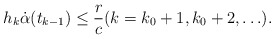
\begin{align*} h_k \dot{\alpha}(t_{k-1}) \le \frac{r}{c} (k=k_0+1, k_0+2, \ldots). \end{align*}